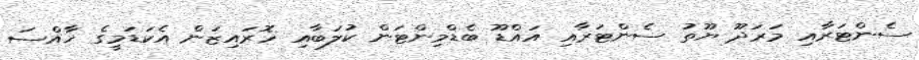
ސެންޓަރާއި މަރަދޫ ޔޫތު ސެންޓަރާއި އައްޑޫ ބެޑްމިންޓަން ކުލަބާއި ހޮރައިޒަން އެކަޑަމީގެ ޚާއްސަ